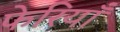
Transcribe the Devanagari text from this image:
फेरियाँ